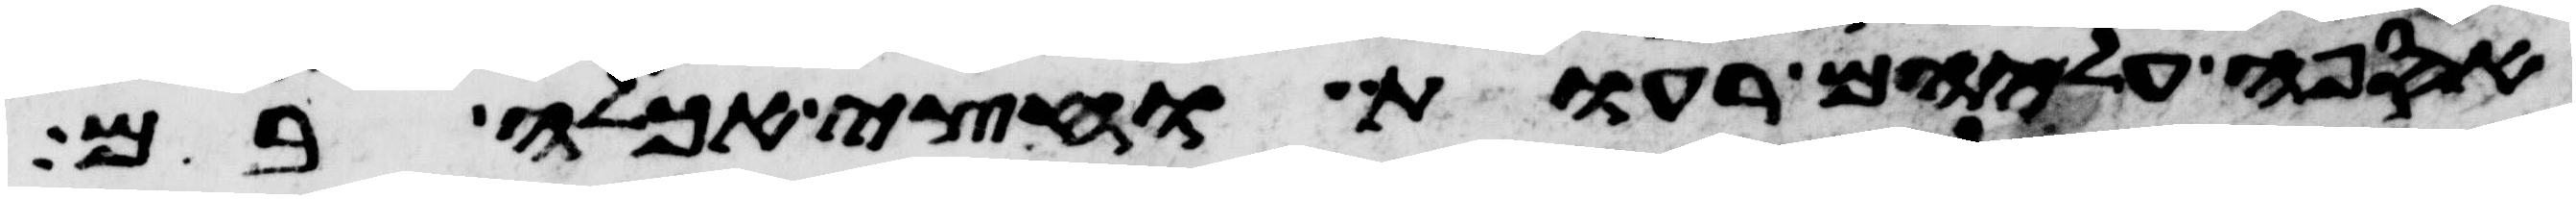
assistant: אספה עליהם רעות וחצי אכלה בם